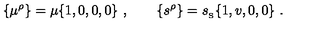
\{ \mu ^ { \rho } \} = \mu \{ 1 , 0 , 0 , 0 \} \ , \qquad \{ s ^ { \rho } \} = { s _ { _ \mathrm { S } } } \{ 1 , v , 0 , 0 \} \ .